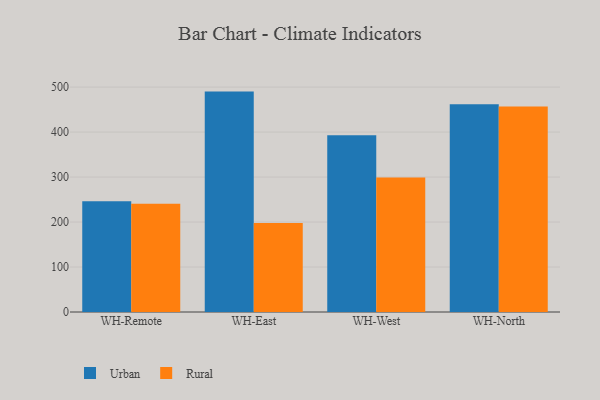
{"axis": {"x": "Warehouse", "y": "Bounce Rate (%)"}, "legend": ["Rural", "Urban"], "data": [{"x": "WH-Remote", "y": 246.5, "type": "Urban"}, {"x": "WH-Remote", "y": 240.6, "type": "Rural"}, {"x": "WH-East", "y": 490.0, "type": "Urban"}, {"x": "WH-East", "y": 198.0, "type": "Rural"}, {"x": "WH-West", "y": 393.2, "type": "Urban"}, {"x": "WH-West", "y": 298.8, "type": "Rural"}, {"x": "WH-North", "y": 462.1, "type": "Urban"}, {"x": "WH-North", "y": 456.8, "type": "Rural"}]}